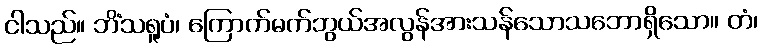
ငါသည်။ ဘိံသရူပံ၊ ကြောက်မက်ဘွယ်အလွန်အားသန်သောသဘောရှိသော။ တံ၊